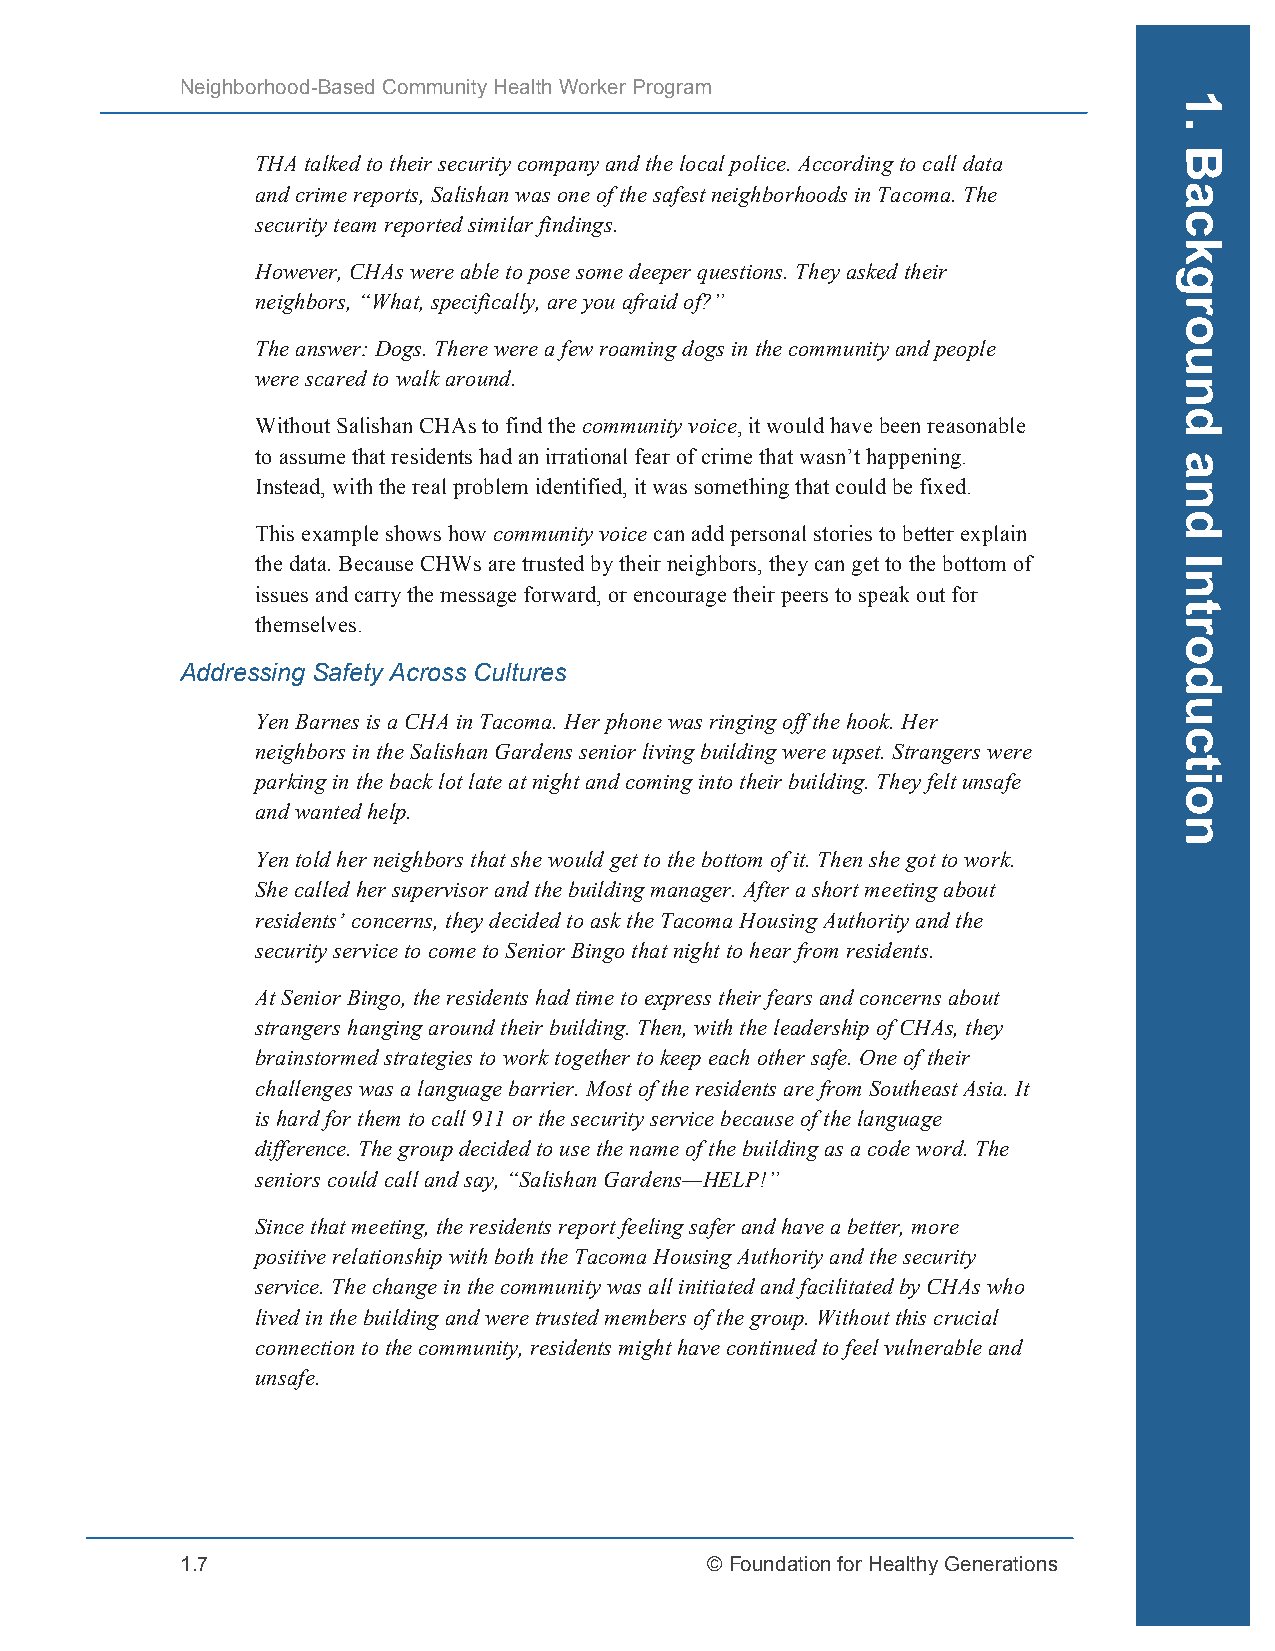
Neighborhood-Based Community Health Worker Program
 THA talked to their security company and the local police. According to call data
 and crime reports, Salishan was one of the safest neighborhoods in Tacoma. The
 security team reported similar findings.
 However, CHAs were able to pose some deeper questions. They asked their
 neighbors, “What, specifically, are you afraid of?”
 The answer: Dogs. There were a few roaming dogs in the community and people
 were scared to walk around.
 Without Salishan CHAs to find the community voice, it would have been reasonable
 to assume that residents had an irrational fear of crime that wasn’t happening.
 Instead, with the real problem identified, it was something that could be fixed.
 This example shows how community voice can add personal stories to better explain
 the data. Because CHWs are trusted by their neighbors, they can get to the bottom of
 issues and carry the message forward, or encourage their peers to speak out for
 themselves.
 Addressing Safety Across Cultures
 Yen Barnes is a CHA in Tacoma. Her phone was ringing off the hook. Her
 neighbors in the Salishan Gardens senior living building were upset. Strangers were
 parking in the back lot late at night and coming into their building. They felt unsafe
 and wanted help.
 Yen told her neighbors that she would get to the bottom of it. Then she got to work.
 She called her supervisor and the building manager. After a short meeting about
 residents’ concerns, they decided to ask the Tacoma Housing Authority and the
 security service to come to Senior Bingo that night to hear from residents.
 At Senior Bingo, the residents had time to express their fears and concerns about
 strangers hanging around their building. Then, with the leadership of CHAs, they
 brainstormed strategies to work together to keep each other safe. One of their
 challenges was a language barrier. Most of the residents are from Southeast Asia. It
 is hard for them to call 911 or the security service because of the language
 difference. The group decided to use the name of the building as a code word. The
 seniors could call and say, “Salishan Gardens—HELP!”
 Since that meeting, the residents report feeling safer and have a better, more
 positive relationship with both the Tacoma Housing Authority and the security
 service. The change in the community was all initiated and facilitated by CHAs who
 lived in the building and were trusted members of the group. Without this crucial
 connection to the community, residents might have continued to feel vulnerable and
 unsafe.
 1.7                                © Foundation for Healthy Generations
 1.
 Background
 and
 Introduction